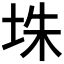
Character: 𪣎